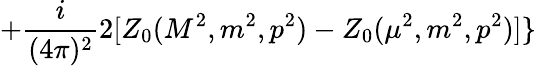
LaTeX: +\frac{i}{(4\pi)^{2}}2[Z_{0}(M^{2},m^{2},p^{2})-Z_{0}(\mu^{2},m^{2},p^{2})]\}